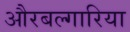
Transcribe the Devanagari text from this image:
औरबल्गारिया